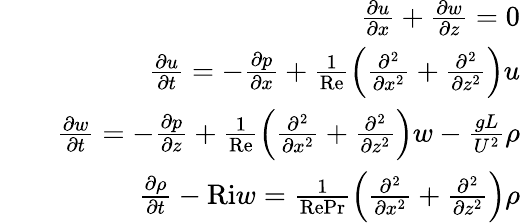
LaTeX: \begin{array}{rlr}&{}&{\frac{\partial u}{\partial x}+\frac{\partial w}{\partial z}=0}\\ &{}&{\frac{\partial u}{\partial t}=-\frac{\partial p}{\partial x}+\frac{1}{\textrm{Re}}\left(\frac{\partial^{2}}{\partial x^{2}}+\frac{\partial^{2}}{\partial z^{2}}\right)u}\\ &{}&{\frac{\partial w}{\partial t}=-\frac{\partial p}{\partial z}+\frac{1}{\textrm{Re}}\left(\frac{\partial^{2}}{\partial x^{2}}+\frac{\partial^{2}}{\partial z^{2}}\right)w-\frac{gL}{U^{2}}\rho}\\ &{}&{\frac{\partial\rho}{\partial t}-\textrm{Ri}w=\frac{1}{\textrm{Re}\textrm{Pr}}\left(\frac{\partial^{2}}{\partial x^{2}}+\frac{\partial^{2}}{\partial z^{2}}\right)\rho}\end{array}